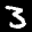
Label: 3